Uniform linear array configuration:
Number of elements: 16
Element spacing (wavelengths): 0.5
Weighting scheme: kaiser
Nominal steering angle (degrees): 60
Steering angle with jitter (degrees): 60.751
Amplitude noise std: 0.05
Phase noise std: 0.05

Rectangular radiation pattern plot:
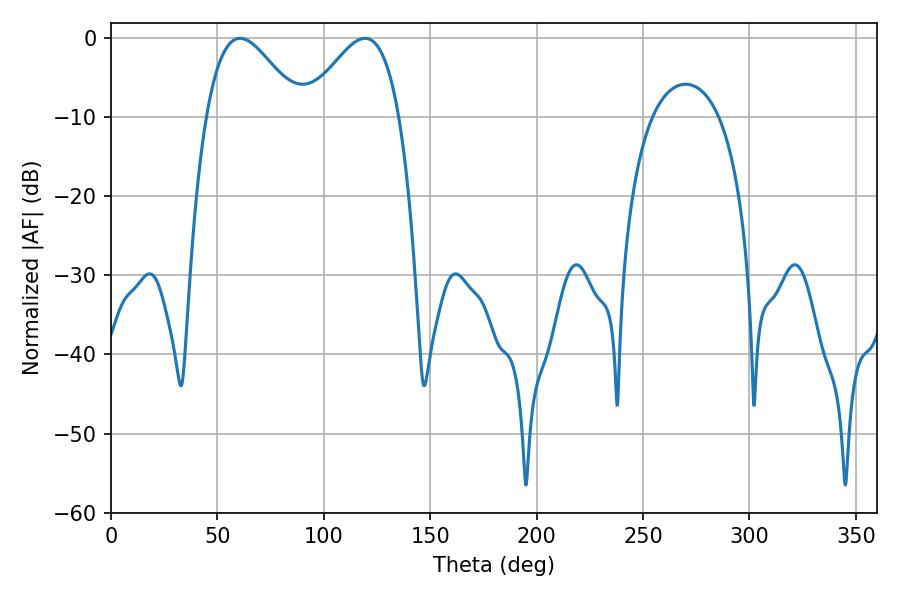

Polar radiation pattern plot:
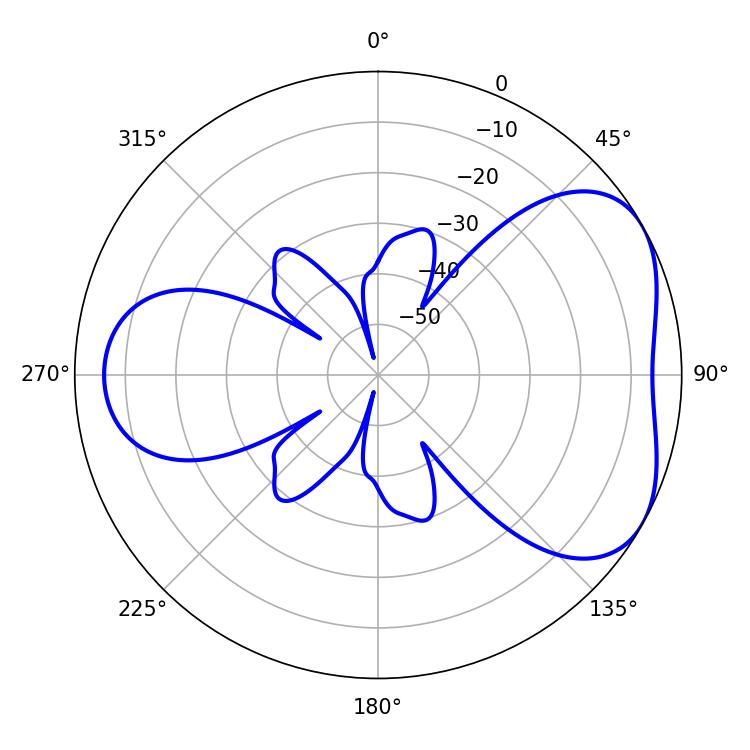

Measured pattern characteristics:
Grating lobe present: FALSE
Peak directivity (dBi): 4.634
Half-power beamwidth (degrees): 23.58
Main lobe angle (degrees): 60.66